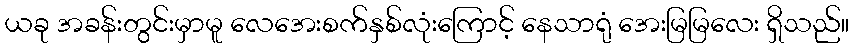
ယခု အခန်းတွင်းမှာမူ လေအေးစက်နှစ်လုံးကြောင့် နေသာရုံ အေးမြမြလေး ရှိသည်။